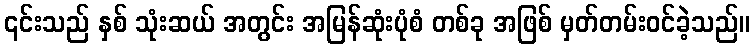
၎င်းသည် နှစ် သုံးဆယ် အတွင်း အမြန်ဆုံးပုံစံ တစ်ခု အဖြစ် မှတ်တမ်းဝင်ခဲ့သည်။